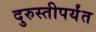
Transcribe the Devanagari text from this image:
दुरुस्तीपर्यंत